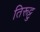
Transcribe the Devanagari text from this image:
तिरूट्टु